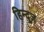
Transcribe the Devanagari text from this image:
हिन्दूज़